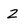
Character: 2